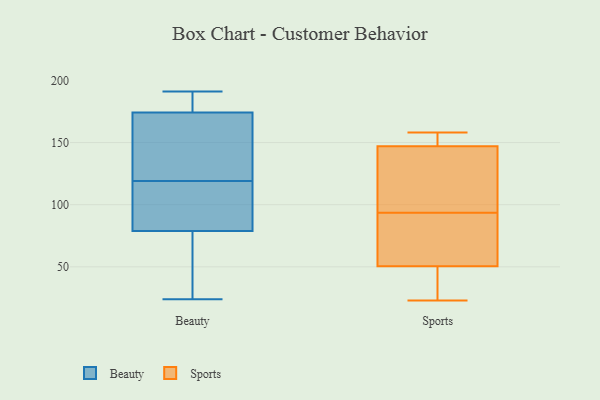
{"axis": {"x": "Net Income (USD K)", "y": "Value"}, "legend": ["Beauty", "Sports"], "data": [{"x": "", "y": 181, "type": "Beauty"}, {"x": "", "y": 116, "type": "Beauty"}, {"x": "", "y": 78, "type": "Beauty"}, {"x": "", "y": 173, "type": "Beauty"}, {"x": "", "y": 24, "type": "Beauty"}, {"x": "", "y": 191, "type": "Beauty"}, {"x": "", "y": 119, "type": "Beauty"}, {"x": "", "y": 178, "type": "Beauty"}, {"x": "", "y": 99, "type": "Beauty"}, {"x": "", "y": 79, "type": "Beauty"}, {"x": "", "y": 44, "type": "Beauty"}, {"x": "", "y": 126, "type": "Beauty"}, {"x": "", "y": 140, "type": "Beauty"}, {"x": "", "y": 151, "type": "Sports"}, {"x": "", "y": 24, "type": "Sports"}, {"x": "", "y": 50, "type": "Sports"}, {"x": "", "y": 65, "type": "Sports"}, {"x": "", "y": 144, "type": "Sports"}, {"x": "", "y": 89, "type": "Sports"}, {"x": "", "y": 26, "type": "Sports"}, {"x": "", "y": 98, "type": "Sports"}, {"x": "", "y": 115, "type": "Sports"}, {"x": "", "y": 51, "type": "Sports"}, {"x": "", "y": 117, "type": "Sports"}, {"x": "", "y": 23, "type": "Sports"}, {"x": "", "y": 150, "type": "Sports"}, {"x": "", "y": 150, "type": "Sports"}, {"x": "", "y": 158, "type": "Sports"}, {"x": "", "y": 89, "type": "Sports"}]}